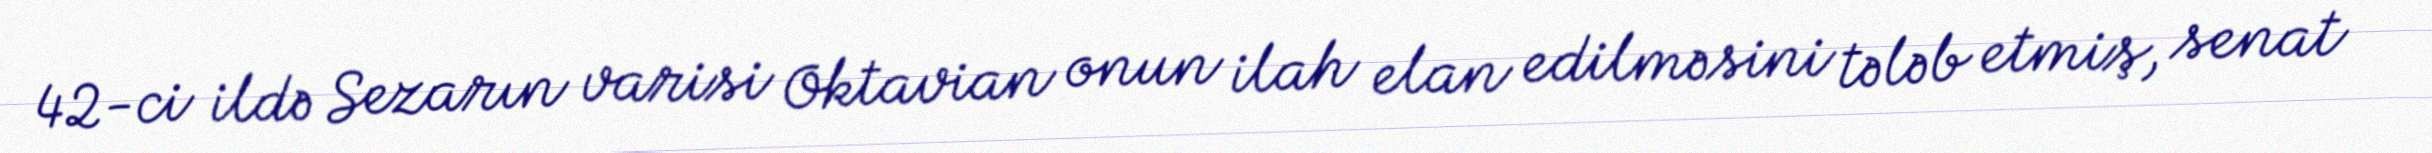
42-ci ildə Sezarın varisi Oktavian onun ilah elan edilməsini tələb etmiş, senat